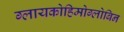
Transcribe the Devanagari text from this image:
ग्लायकोहिमोग्लोबिन